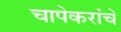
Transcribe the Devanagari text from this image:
चापेकरांचे